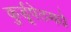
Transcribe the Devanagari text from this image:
कुर्डूपेठमधे